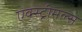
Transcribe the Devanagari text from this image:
एक्स्ट्रीमल्स